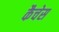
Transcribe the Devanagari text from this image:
कैचेस